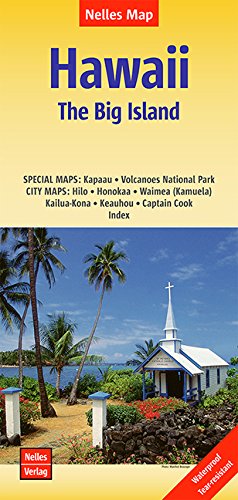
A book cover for Hawaii / The Big Island 1:330K WATERPROOF (English, French and German Edition); Nelles Verlag GmbH; Travel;